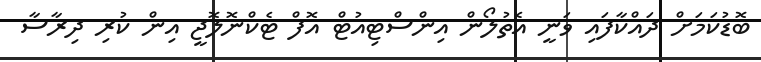
ބޮޑުކަމަށް ދައްކާފައި ވަނީ އެތުލޯން އިންސްޓިއުޓް އޮފް ޓެކްނޮލޮޖީ އިން ކުރި ދިރާސާ